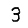
Digit: 3